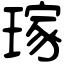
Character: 𤨎